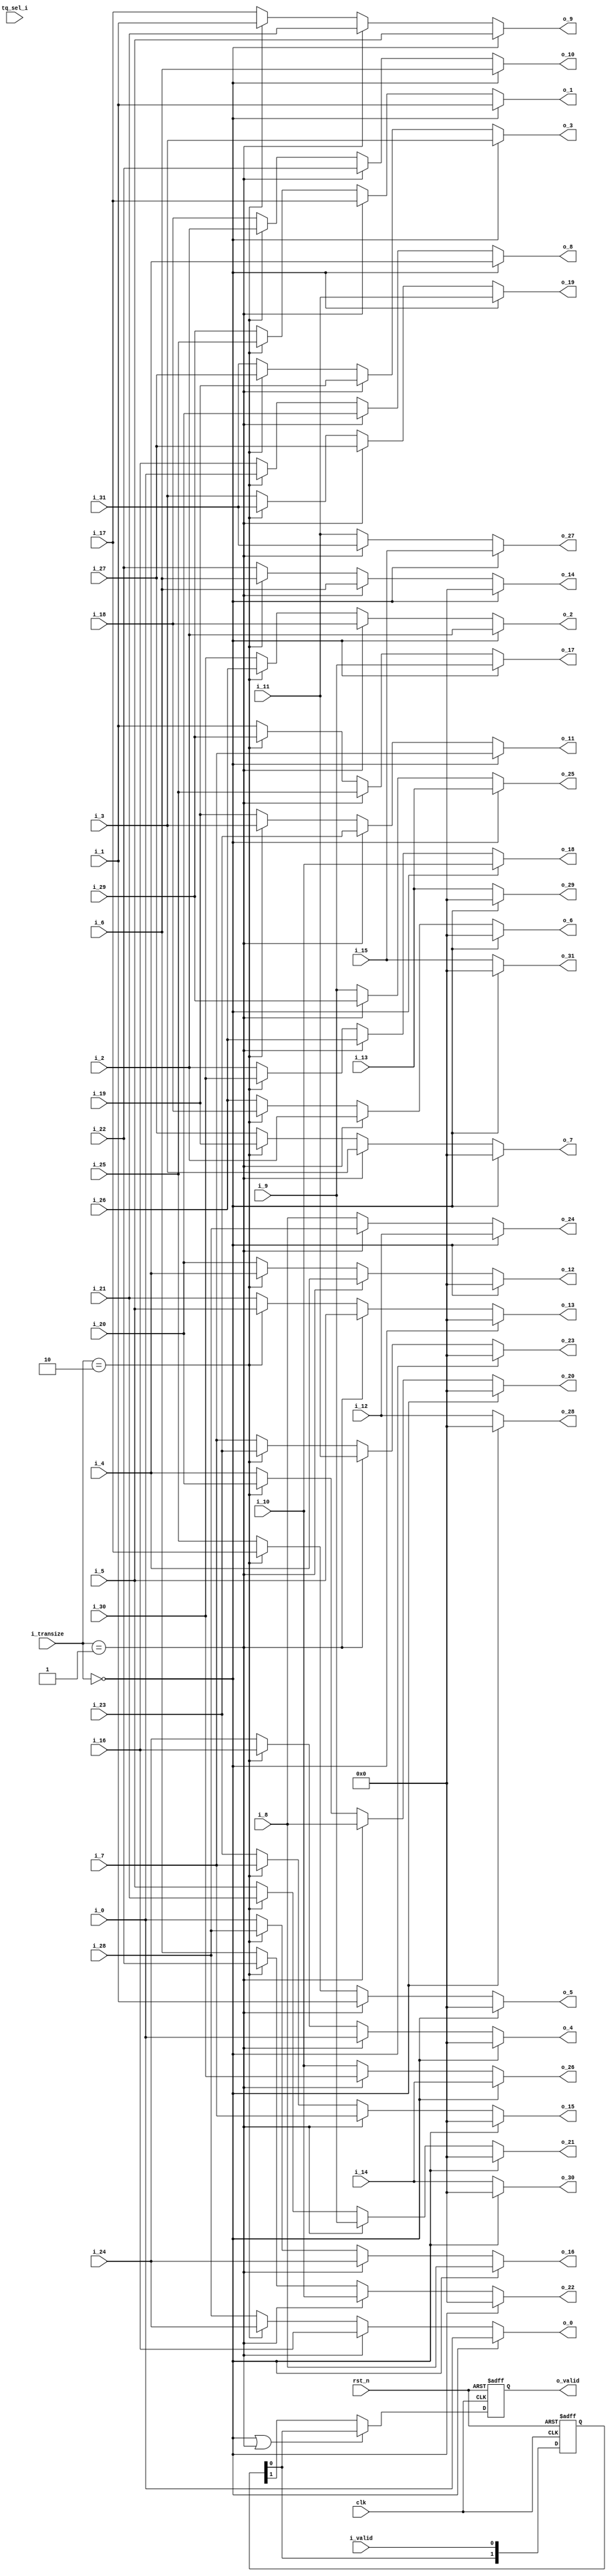
//company       : xm tech
//project name  : H265
//top module    : dct_top_2d.v
//data          : 2018.01.17
//delay         : 0 clk 
//describe      :
//modification  :
//v1.0          :
module re_out_ctl(
	clk         ,
	rst_n	    ,
	i_valid     ,
	i_transize  ,
	tq_sel_i    ,
	i_0         ,	
	i_1         ,	
	i_2         ,	
	i_3         ,	
	i_4         ,	
	i_5         ,	
	i_6         ,	
	i_7         ,	
	i_8         ,	
	i_9         ,	
	i_10        ,	
	i_11        ,	
	i_12        ,	
	i_13        ,	
	i_14        ,	
	i_15        ,	
	i_16        ,	
	i_17        ,	
	i_18        ,	
	i_19        ,	
	i_20        ,	
	i_21        ,	
	i_22        ,	
	i_23        ,	
	i_24        ,	
	i_25        ,	
	i_26        ,	
	i_27        ,	
	i_28        ,	
	i_29        ,	
	i_30        ,	
	i_31        ,
//-------------------------------//	
	o_valid     ,
	o_0         ,	
	o_1         ,	
	o_2         ,	
	o_3         ,	
	o_4         ,	
	o_5         ,	
	o_6         ,	
	o_7         ,	
	o_8         ,	
	o_9         ,	
	o_10        ,	
	o_11        ,	
	o_12        ,	
	o_13        ,	
	o_14        ,	
	o_15        ,	
	o_16        ,	
	o_17        ,	
	o_18        ,	
	o_19        ,	
	o_20        ,	
	o_21        ,	
	o_22        ,	
	o_23        ,	
	o_24        ,	
	o_25        ,	
	o_26        ,	
	o_27        ,
	o_28        ,	
	o_29        ,	
	o_30        ,	
	o_31        	
);

input           clk         ;
input           rst_n       ;
input   	i_valid     ;
input [1:0]     i_transize  ;
input [1:0]     tq_sel_i    ;
//level0
input [27:0]	i_0         ;	
input [27:0]	i_1         ;	
input [27:0]	i_2         ;	
input [27:0]	i_3         ;	
input [27:0]	i_4         ;	
input [27:0]	i_5         ;	
input [27:0]	i_6         ;	
input [27:0]	i_7         ;	
input [27:0]	i_8         ;	
input [27:0]	i_9         ;	
input [27:0]	i_10        ;	
input [27:0]	i_11        ;	
input [27:0]	i_12        ;	
input [27:0]	i_13        ;	
input [27:0]	i_14        ;	
input [27:0]	i_15        ;	
//level1
input [27:0]	i_16        ;	
input [27:0]	i_17        ;	
input [27:0]	i_18        ;	
input [27:0]	i_19        ;	
input [27:0]	i_20        ;	
input [27:0]	i_21        ;	
input [27:0]	i_22        ;	
input [27:0]	i_23        ;	
//level2
input [27:0]	i_24        ;	
input [27:0]	i_25        ;	
input [27:0]	i_26        ;	
input [27:0]	i_27        ;	
//level3
input [27:0]	i_28        ;	
input [27:0]	i_29        ;	
input [27:0]	i_30        ;	
input [27:0]	i_31        ;
//-------------------------------------------//
output          o_valid     ;	
output [27:0]	o_0         ;	
output [27:0]	o_1         ;	
output [27:0]	o_2         ;	
output [27:0]	o_3         ;	
output [27:0]	o_4         ;	
output [27:0]	o_5         ;	
output [27:0]	o_6         ;	
output [27:0]	o_7         ;	
output [27:0]	o_8         ;	
output [27:0]	o_9         ;	
output [27:0]	o_10        ;	
output [27:0]	o_11        ;	
output [27:0]	o_12        ;	
output [27:0]	o_13        ;	
output [27:0]	o_14        ;	
output [27:0]	o_15        ;	
output [27:0]	o_16        ;	
output [27:0]	o_17        ;	
output [27:0]	o_18        ;	
output [27:0]	o_19        ;	
output [27:0]	o_20        ;	
output [27:0]	o_21        ;	
output [27:0]	o_22        ;	
output [27:0]	o_23        ;	
output [27:0]	o_24        ;	
output [27:0]	o_25        ;	
output [27:0]	o_26        ;	
output [27:0]	o_27        ;
output [27:0]	o_28        ;	
output [27:0]	o_29        ;	
output [27:0]	o_30        ;	
output [27:0]	o_31        ;	
//------------------------reg-----------------//
reg [1:0]       valid_d       ;
reg             o_valid     ;
reg     [27:0]	o_0         ;	
reg     [27:0]	o_1         ;	
reg     [27:0]	o_2         ;	
reg     [27:0]	o_3         ;	
reg     [27:0]	o_4         ;	
reg     [27:0]	o_5         ;	
reg     [27:0]	o_6         ;	
reg     [27:0]	o_7         ;	
reg     [27:0]	o_8         ;	
reg     [27:0]	o_9         ;	
reg     [27:0]	o_10        ;	
reg     [27:0]	o_11        ;	
reg     [27:0]	o_12        ;	
reg     [27:0]	o_13        ;	
reg     [27:0]	o_14        ;	
reg     [27:0]	o_15        ;	
reg     [27:0]	o_16        ;	
reg     [27:0]	o_17        ;	
reg     [27:0]	o_18        ;	
reg     [27:0]	o_19        ;	
reg     [27:0]	o_20        ;	
reg     [27:0]	o_21        ;	
reg     [27:0]	o_22        ;	
reg     [27:0]	o_23        ;	
reg     [27:0]	o_24        ;	
reg     [27:0]	o_25        ;	
reg     [27:0]	o_26        ;	
reg     [27:0]	o_27        ;
reg     [27:0]	o_28        ;	
reg     [27:0]	o_29        ;	
reg     [27:0]	o_30        ;	
reg     [27:0]	o_31        ;	
//-----------------//
always @(*)
begin
	if(i_transize == 2'd0)//dct4x4 or dst4x4
	begin
		 o_0  = i_0;
                 o_1  = i_1;
                 o_2  = i_2;
                 o_3  = i_3;
                 o_4  = 28'd0;
                 o_5  = 28'd0;
                 o_6  = 28'd0;
                 o_7  = 28'd0;
                 o_8  = i_4;
                 o_9  = i_5;
                 o_10 = i_6;
                 o_11 = i_7;
                 o_12 = 28'd0;
                 o_13 = 28'd0;
                 o_14 = 28'd0;
                 o_15 = 28'd0;
	         o_16 = i_8;	
                 o_17 = i_9;
                 o_18 = i_10;
                 o_19 = i_11;
                 o_20 = 28'd0;
                 o_21 = 28'd0;
                 o_22 = 28'd0;
                 o_23 = 28'd0;
                 o_24 = i_12;
                 o_25 = i_13;
                 o_26 = i_14;
                 o_27 = i_15;
                 o_28 = 28'd0;
                 o_29 = 28'd0;
                 o_30 = 28'd0;
	         o_31 = 28'd0;
	end
	else if(i_transize == 2'd1)//dct8x8
	begin
		 o_0  = i_16;
                 o_1  = i_17;
                 o_2  = i_18;
                 o_3  = i_19;
                 o_4  = i_0;
                 o_5  = i_1;
                 o_6  = i_2;
                 o_7  = i_3;
                 o_8  = i_20;
                 o_9  = i_21;
                 o_10 = i_22;
                 o_11 = i_23;
                 o_12 = i_4;
                 o_13 = i_5;
                 o_14 = i_6;
                 o_15 = i_7;
	         o_16 = i_24;	
                 o_17 = i_25;
                 o_18 = i_26;
                 o_19 = i_27;
                 o_20 = i_8;
                 o_21 = i_9;
                 o_22 = i_10;
                 o_23 = i_11;
                 o_24 = i_28;
                 o_25 = i_29;
                 o_26 = i_30;
                 o_27 = i_31;
                 o_28 = i_12;
                 o_29 = i_13;
                 o_30 = i_14;
	         o_31 = i_15;
	end
	else if(i_transize == 2'd2)//dct16x16
	begin
		 o_0  = i_24;
                 o_1  = i_25;
                 o_2  = i_26;
                 o_3  = i_27;
                 o_4  = i_16;
                 o_5  = i_17;
                 o_6  = i_18;
                 o_7  = i_19;
                 o_8  = i_0;
                 o_9  = i_1;
                 o_10 = i_2;
                 o_11 = i_3;
                 o_12 = i_4;
                 o_13 = i_5;
                 o_14 = i_6;
                 o_15 = i_7;
	         o_16 = i_28;	
                 o_17 = i_29;
                 o_18 = i_30;
                 o_19 = i_31;
                 o_20 = i_20;
                 o_21 = i_21;
                 o_22 = i_22;
                 o_23 = i_23;
                 o_24 = i_8;
                 o_25 = i_9;
                 o_26 = i_10;
                 o_27 = i_11;
                 o_28 = i_12;
                 o_29 = i_13;
                 o_30 = i_14;
	         o_31 = i_15;
	end
	else//dct32x32
	begin
		 o_0  = i_28;
                 o_1  = i_29;
                 o_2  = i_30;
                 o_3  = i_31;
                 o_4  = i_24;
                 o_5  = i_25;
                 o_6  = i_26;
                 o_7  = i_27;
                 o_8  = i_16;
                 o_9  = i_17;
                 o_10 = i_18;
                 o_11 = i_19;
                 o_12 = i_20;
                 o_13 = i_21;
                 o_14 = i_22;
                 o_15 = i_23;
	         o_16 = i_0 ;	
                 o_17 = i_1 ;
                 o_18 = i_2 ;
                 o_19 = i_3 ;
                 o_20 = i_4 ;
                 o_21 = i_5 ;
                 o_22 = i_6 ;
                 o_23 = i_7 ;
                 o_24 = i_8 ;
                 o_25 = i_9 ;
                 o_26 = i_10;
                 o_27 = i_11;
                 o_28 = i_12;
                 o_29 = i_13;
                 o_30 = i_14;
	         o_31 = i_15;
	end
end

always @(posedge clk or negedge rst_n)
begin
	if(!rst_n)
	begin
		valid_d <= 2'd0;
	end
	else
	begin
		valid_d <= {valid_d[0],i_valid};
	end
end 

always @(posedge clk or negedge rst_n)
begin
	if(!rst_n)
	begin
		o_valid <= 1'b0;
	end
	else if((i_transize == 2'd0) || (i_transize == 2'd1)) //d2
	begin
		o_valid <= valid_d[0];
	end
	else //d3
	begin
		o_valid <= valid_d[1];
	end
end 

endmodule